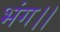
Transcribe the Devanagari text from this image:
भंग।।